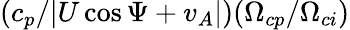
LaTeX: (c_{p}/|U\cos\Psi+v_{A}|)(\Omega_{cp}/\Omega_{ci})